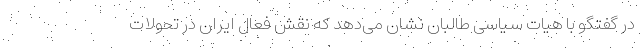
در گفتگو با هیات سیاسی طالبان نشان می‌دهد که نقش فعال ایران در تحولات